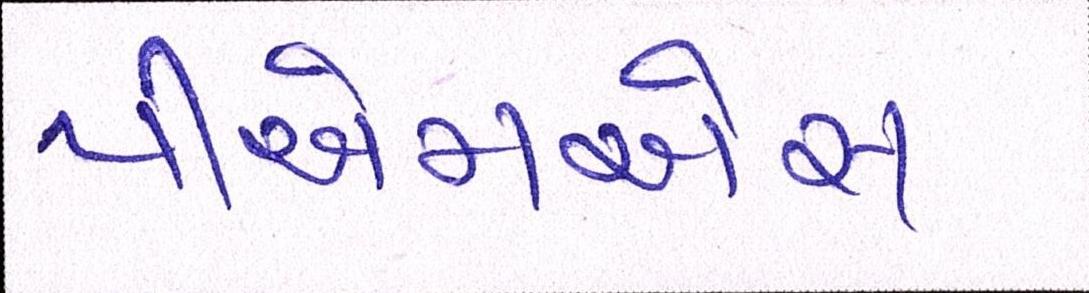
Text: પીએમએસ